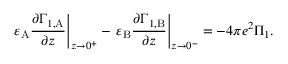
\left. \varepsilon _ { \mathrm { A } } \frac { \partial \Gamma _ { 1 , \mathrm { A } } } { \partial z } \right| _ { z \to 0 ^ { + } } - \left. \varepsilon _ { \mathrm { B } } \frac { \partial \Gamma _ { 1 , \mathrm { B } } } { \partial z } \right| _ { z \to 0 ^ { - } } = - 4 \pi e ^ { 2 } \Pi _ { 1 } .